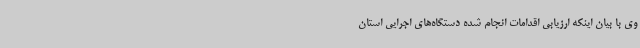
وی با بیان اینکه ارزیابی اقدامات انجام شده دستگاه‌های اجرایی استان